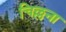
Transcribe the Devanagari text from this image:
चिल्लना